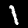
Digit: 1